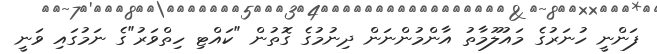
ފަންނީ ހުނަރުގެ މައުލޫމާތު އާންމުންނަން ދިނުމުގެ ގޮތުން "ކައްޓި ހިތްވަރު"ގެ ނަމުގައި ވަނީ